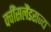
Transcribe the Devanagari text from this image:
क्वींसलैंडराज्य